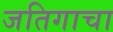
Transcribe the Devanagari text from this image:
जतिगाचा